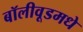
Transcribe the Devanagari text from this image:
बॉलीवूडमधे